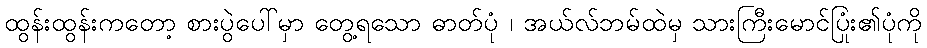
ထွန်းထွန်းကတော့ စားပွဲပေါ်မှာ တွေ့ရသော ဓာတ်ပုံ ၊ အယ်လ်ဘမ်ထဲမှ သားကြီးမောင်ပြုံး၏ပုံကို